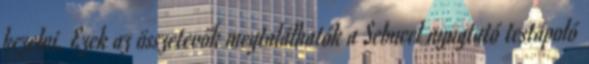
kezelni. Ezek az összetevők megtalálhatók a Sebucel nyugtató testápoló